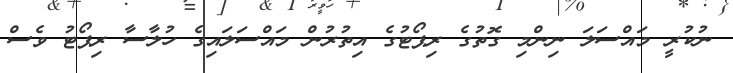
ނުކުރީ މައްސަލަ ނިންމި ގޮތުގެ ރިޕޯޓުގެ އިތުރުން މައްސަލައިގެ ހުލާސާ ރިޕޯޓު ވެސް